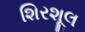
શિરશૂલ